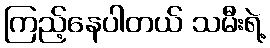
ကြည့်နေပါတယ် သမီးရဲ့